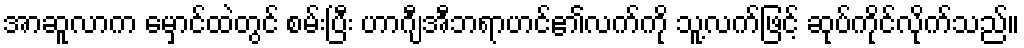
အာဆူလာက မှောင်ထဲတွင် စမ်းပြီး ဟာဂျီအီဘရာဟင်၏လက်ကို သူ့လက်ဖြင့် ဆုပ်ကိုင်လိုက်သည်။